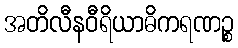
အတိလီနဝီရိယာဓိကရဏဉ္စ